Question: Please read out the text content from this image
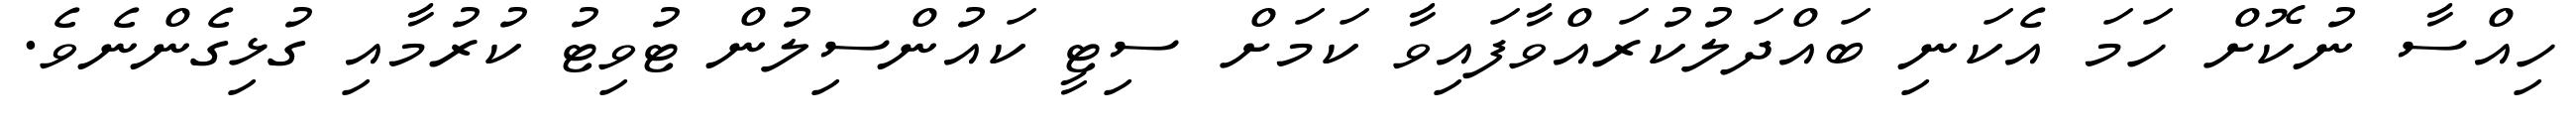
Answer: ހިއްސާ ނުކޮށް ހަމަ އެކަނި ބައްދަލުކުރައްވާފައިވާ ކަމަށް ސިޓީ ކައުންސިލުން ޓުވިޓު ކުރުމާއި ގުޅިގެންނެވެ.